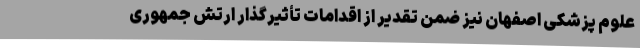
علوم پزشکی اصفهان نیز ضمن تقدیر از اقدامات تأثیرگذار ارتش جمهوری